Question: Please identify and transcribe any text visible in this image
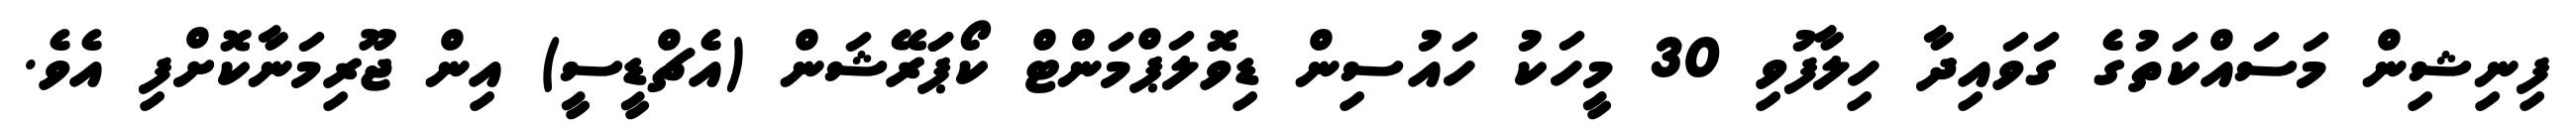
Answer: ފިނިޝިން މަސައްކަތުގެ ގަވައިދާ ހިލާފުވި 30 މީހަކު ހައުސިން ޑިވޮލަޕްމަންޓް ކޯޕަަރޭޝަން (އެޗްޑީސީ) އިން ޖޫރިމަނާކޮށްފި އެވެ.